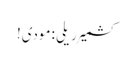
کشمیر ریلی :مودی!